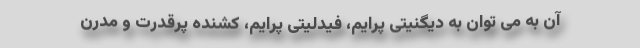
آن به می توان به دیگنیتی پرایم، فیدلیتی پرایم، کشنده پرقدرت و مدرن